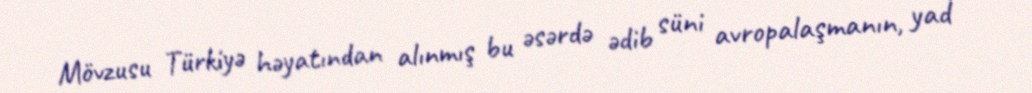
Mövzusu Türkiyə həyatından alınmış bu əsərdə ədib süni avropalaşmanın, yad